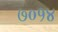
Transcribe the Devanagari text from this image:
७०१४